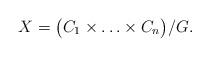
LaTeX: \begin{align*}X=\big(C_1 \times \ldots \times C_n\big)/G.\end{align*}